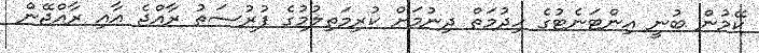
ކޭމުން ބުނީ އިންޓަނެޓުގެ ހިދުމަތް ދިނުމަށް ކުރިމަތިލުމުގެ ފުރުސަތު ރާއްޖެ އާއި ރާއްޖޭން